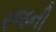
રજની